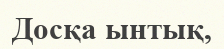
Досқа ынтық,